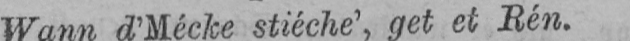
Wann d’Mécke stiéche’, get et Rén.